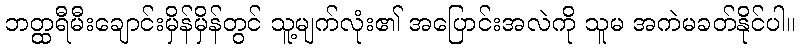
ဘတ္ထရီမီးချောင်းမှိန်မှိန်တွင် သူ့မျက်လုံး၏ အပြောင်းအလဲကို သူမ အကဲမခတ်နိုင်ပါ။